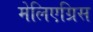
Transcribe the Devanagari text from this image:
मेलिएग्रिस